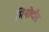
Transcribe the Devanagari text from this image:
मिनोटौर